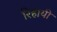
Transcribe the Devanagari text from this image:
रिहायी